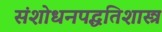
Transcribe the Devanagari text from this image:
संशोधनपद्धतिशास्त्र